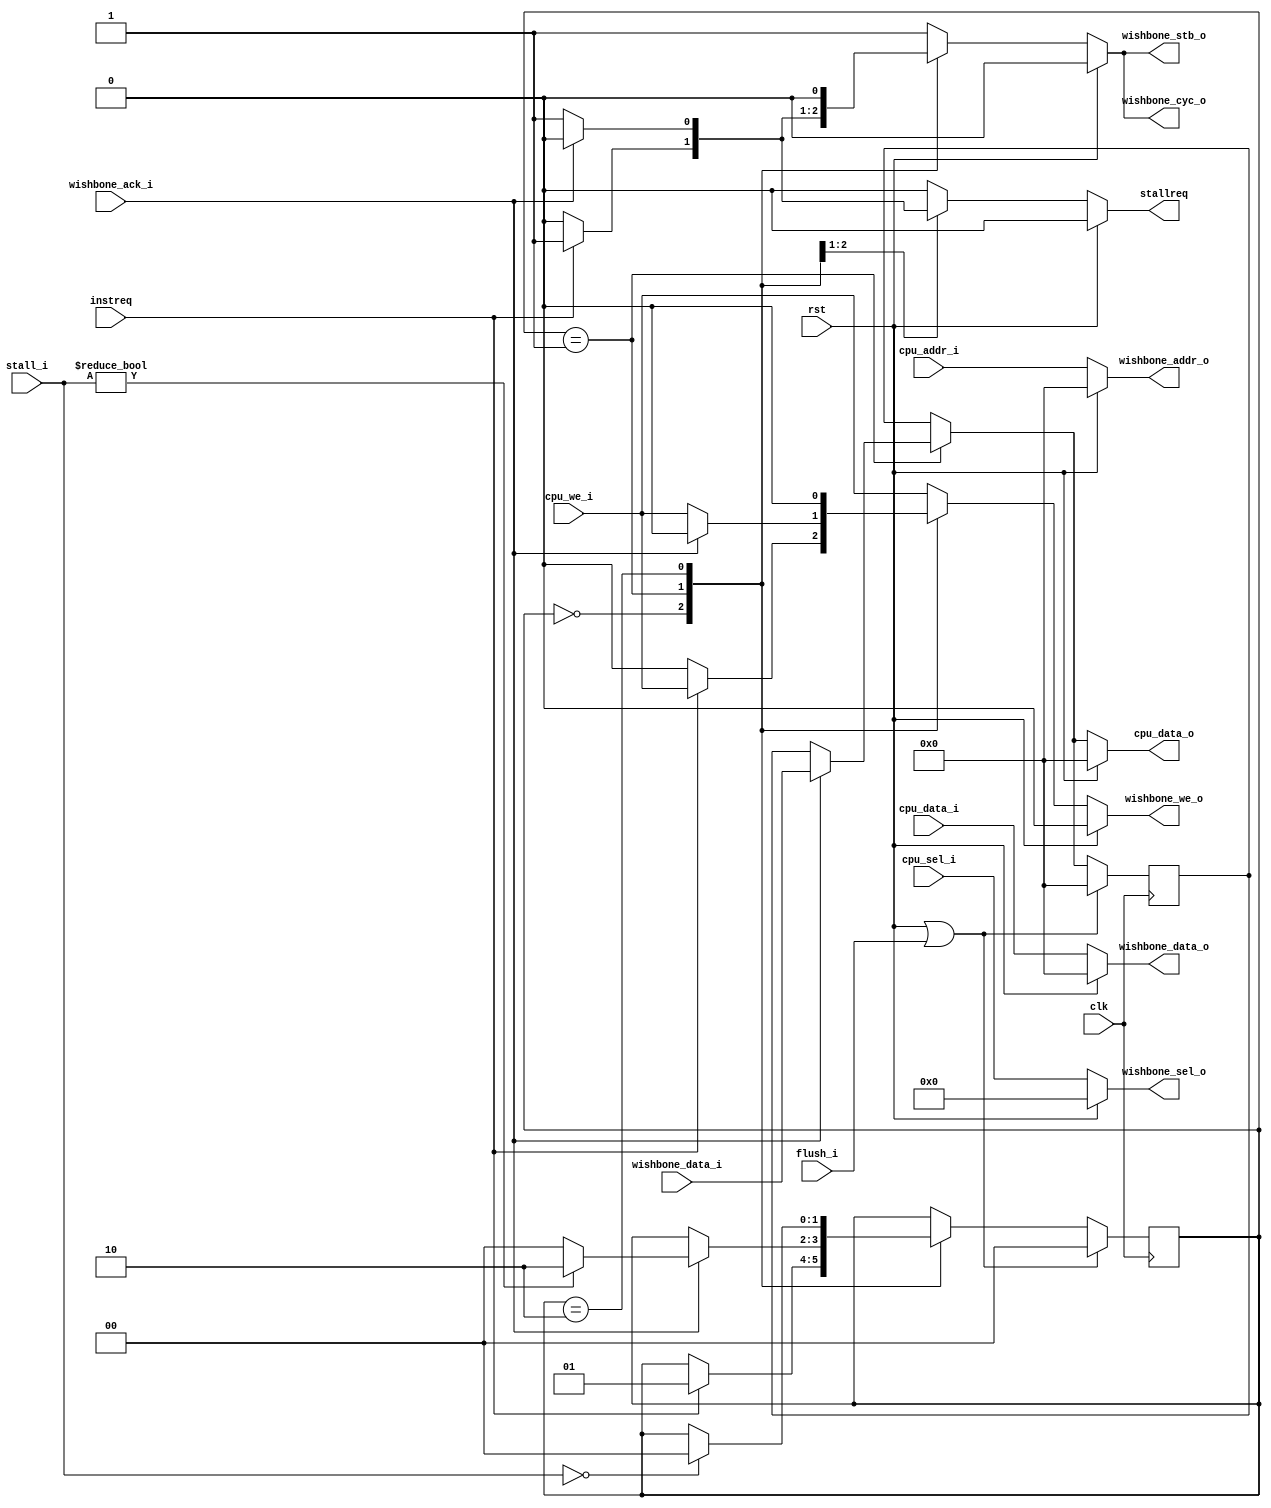
module IWISHBONE (clk,
                  rst,
                  stall_i,
                  flush_i,
                  instreq,
                  cpu_data_i,
                  cpu_addr_i,
                  cpu_we_i,
                  cpu_sel_i,
                  cpu_data_o,
                  wishbone_addr_o,
                  wishbone_data_o,
                  wishbone_we_o,
                  wishbone_sel_o,
                  wishbone_stb_o,
                  wishbone_cyc_o,
                  wishbone_data_i,
                  wishbone_ack_i,
                  stallreq
                  );


parameter IDLE = 2'b00, BUSY = 2'b01, STALL = 2'b10;

input  clk, rst, flush_i;
input  instreq, cpu_we_i, wishbone_ack_i;
input  [31:0] cpu_data_i;
input  [31:0] cpu_addr_i;
input  [3:0]  cpu_sel_i;
input  [5:0]  stall_i;
input  [31:0] wishbone_data_i;

output reg wishbone_we_o, stallreq;
output reg wishbone_stb_o, wishbone_cyc_o;
output reg [31:0] cpu_data_o;
output reg [31:0] wishbone_addr_o, wishbone_data_o;
output reg [3:0]  wishbone_sel_o;

reg [1:0]  STATE;
reg [31:0] cpu_data_tmp;

//Logic begin
always @(posedge clk) begin
    if (rst | flush_i) begin
        cpu_data_tmp <= 32'h0;
        STATE <= IDLE;
    end
    else begin
        case (STATE)
            IDLE : begin
                if (instreq) begin
                    //cpu_data_tmp <= 32'h0;
                    STATE <= BUSY;
                end
            end
	    BUSY : begin
                if (wishbone_ack_i) begin
		    cpu_data_tmp <= wishbone_data_i;
		    if (stall_i != 6'b000000) begin
                        STATE <= STALL;
                        //cpu_data_tmp <= wishbone_data_i;
                    end
                    else begin
                        STATE <= IDLE;
                    end
                end
            end
            STALL : begin
                if (stall_i == 6'b000000)
                    STATE <= IDLE;
            end
        endcase
    end
end


always @(*) begin
    if (rst) begin
        wishbone_we_o = 1'b0;
        wishbone_stb_o = 1'b0;
        wishbone_cyc_o = 1'b0;
        wishbone_addr_o = 32'b0;
        wishbone_data_o = 32'b0;
        wishbone_sel_o = 4'b0;
    end
    else begin
	wishbone_we_o = cpu_we_i;
	wishbone_stb_o = 1'b1;
	wishbone_cyc_o = 1'b1;
	wishbone_addr_o = cpu_addr_i;
	wishbone_data_o = cpu_data_i;
	wishbone_sel_o = cpu_sel_i;
        case (STATE)
            IDLE : begin
                if (!instreq) begin
		    wishbone_we_o = 1'b0;
		    wishbone_stb_o = 1'b0;
		    wishbone_cyc_o = 1'b0;
		end
            end
	    BUSY : begin
                if (wishbone_ack_i) begin
                    wishbone_we_o = 1'b0;
                    wishbone_stb_o = 1'b0;
                    wishbone_cyc_o = 1'b0;
                end
            end
	    STALL : begin
		wishbone_we_o = 1'b0;
		wishbone_stb_o = 1'b0;
		wishbone_cyc_o = 1'b0;
	    end
        endcase
    end
end



always @(*) begin
    if (rst) begin
	stallreq = 1'b0;
	cpu_data_o = 32'h0;
    end
    else begin
	stallreq = 1'b0;
	//cpu_data_o = 32'b0;
	cpu_data_o = cpu_data_tmp;
	case (STATE)
	    IDLE : begin
		if (instreq)
		    stallreq = 1'b1;
	    end
	    BUSY : begin
		if (wishbone_ack_i) begin
		    cpu_data_o = wishbone_data_i;
	        end
		else begin
		    stallreq = 1'b1;
		end
	    end
	    STALL : begin
		if (stall_i == 6'b000000)
		    cpu_data_o = cpu_data_tmp;
	    end
	endcase
    end
end

endmodule